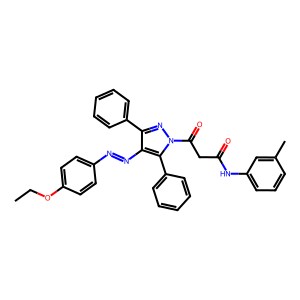
SMILES: CCOc1ccc(N=Nc2c(-c3ccccc3)nn(C(=O)CC(=O)Nc3cccc(C)c3)c2-c2ccccc2)cc1
Inhibits HIV replication: No